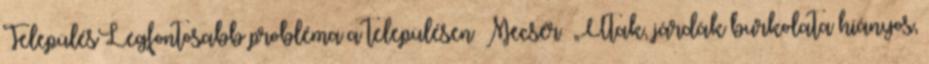
TelepülésLegfontosabb probléma a településen ▪Mecsér ▪„Utak, járdák burkolata hiányos,